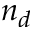
n _ { d }